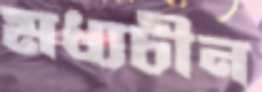
মধ্যচীন